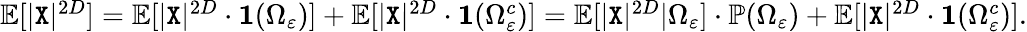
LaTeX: \begin{array}{r}{\mathbb{E}[|{\texttt X}|^{2D}]=\mathbb{E}[|{\texttt X}|^{2D}\cdot\mathbf{1}(\Omega_{\varepsilon})]+\mathbb{E}[|{\texttt X}|^{2D}\cdot\mathbf{1}(\Omega_{\varepsilon}^{c})]=\mathbb{E}[|{\texttt X}|^{2D}|\Omega_{\varepsilon}]\cdot\mathbb{P}(\Omega_{\varepsilon})+\mathbb{E}[|{\texttt X}|^{2D}\cdot\mathbf{1}(\Omega_{\varepsilon}^{c})].}\end{array}